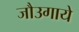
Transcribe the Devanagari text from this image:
जौउगाये